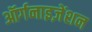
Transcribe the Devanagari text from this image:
ऑर्गनाइज़ेंशन